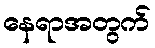
နေရာအတွက်